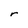
Character: r